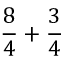
{ \frac { 8 } { 4 } } + { \frac { 3 } { 4 } }